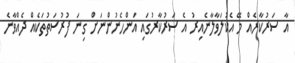
އާ ސަރުކާރެއް މޭ އެކުލަވާލާނެއިރު އެ ސަރުކާރުގައި އަންހެނުންނަށް ގިނަ ފުރުސަތުތަކެއް ދެއްވާނެ